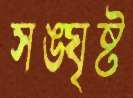
সঙ্ঘৃষ্ট